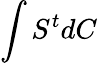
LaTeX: \int S^{t}dC